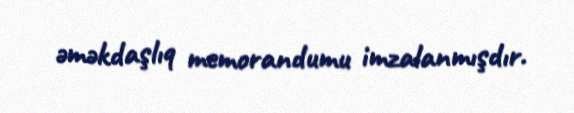
əməkdaşlıq memorandumu imzalanmışdır.